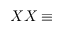
X X \equiv